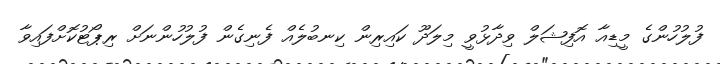
ފުލުހުންގެ މީޑިއާ އޮފިޝަލް ވިދާޅުވީ މިލަދޫ ކައިރިން ކިނބުލެއް ފެނިގެން ފުލުހުންނަށް ރިޕޯޓުކޮށްފައިވާ